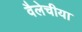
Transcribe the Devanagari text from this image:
वैलेचीया